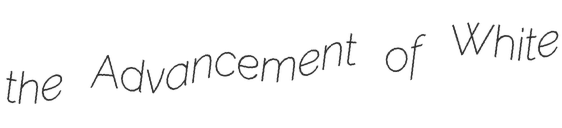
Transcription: the Advancement of White